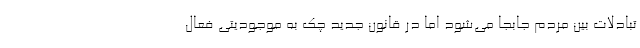
تبادلات بین مردم جابجا می‌شود اما در قانون جدید چک به موجودیتی فعال